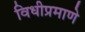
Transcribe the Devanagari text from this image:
विधीप्रमाणे